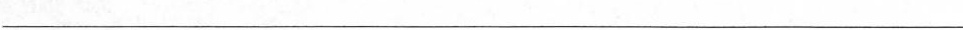
___